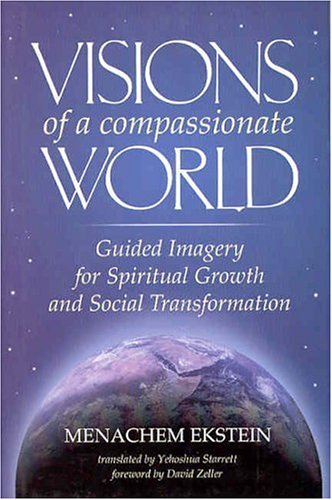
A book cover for Visions of a Compassionate World: Guided Imagery for Spiritual Growth and Social Transformation; Menachem Ekstein; Religion & Spirituality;